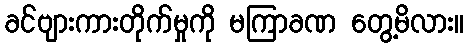
ခင်ဗျားကားတိုက်မှုကို မကြာခဏ တွေ့မိလား။